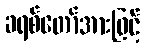
ခရစ်တော်အားဖြင့်